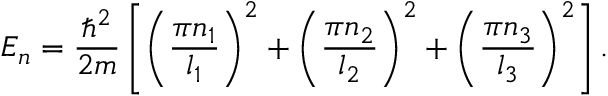
E _ { n } = \frac { \hbar ^ { 2 } } { 2 m } \left[ \left( \frac { \pi n _ { 1 } } { l _ { 1 } } \right) ^ { 2 } + \left( \frac { \pi n _ { 2 } } { l _ { 2 } } \right) ^ { 2 } + \left( \frac { \pi n _ { 3 } } { l _ { 3 } } \right) ^ { 2 } \right] .